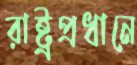
রাষ্ট্রপ্রধানে